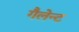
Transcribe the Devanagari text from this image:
गैलेन्ट